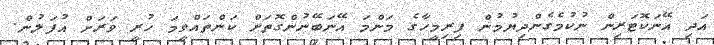
އަދި އޭނަކޮޓަރިން ނުކުމެގެންދިޔުމުން ފިރިމީހާގެ މަންމަ އޭނަބޭނުންގޮތަށް ކަންތައްވީމަ ހުރީ ވަރަށް އުފަލުން.